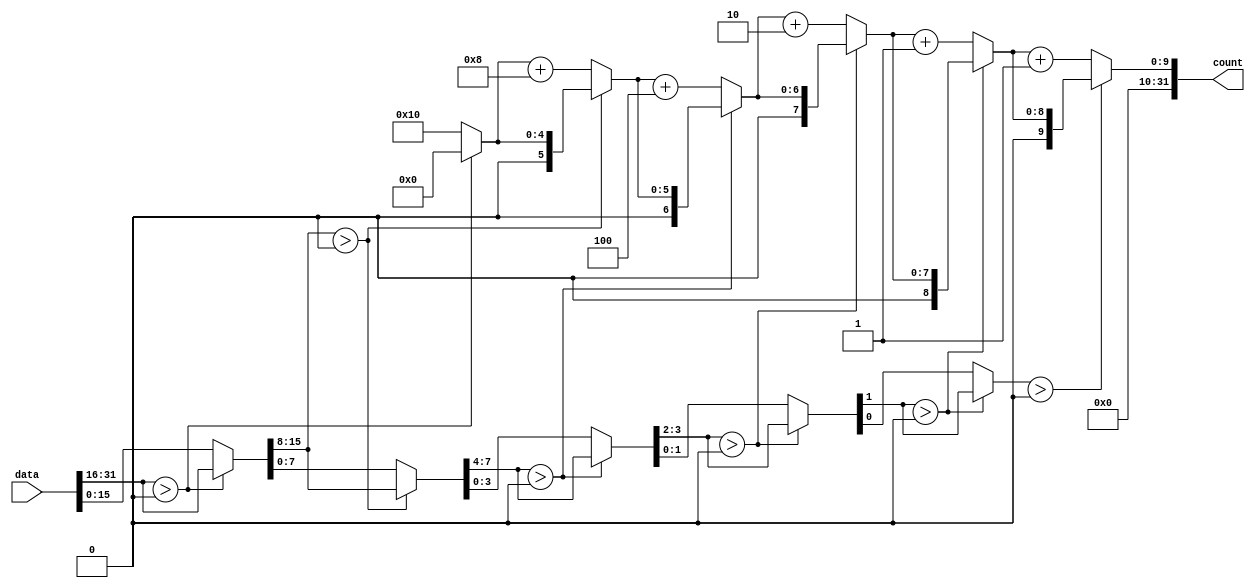
`timescale 1ns / 1ps
//////////////////////////////////////////////////////////////////////////////////
// Company: 
// Engineer: 
// 
// Design Name: 
// Module Name: CLZ
// Project Name: 
// Target Devices: 
// Tool Versions: 
// Description: 
// 
// Dependencies: 
// 
// Revision:
// Revision 0.01 - File Created
// Additional Comments:
// 
//////////////////////////////////////////////////////////////////////////////////


module CLZ(
input [31:0] data,
output [31:0] count
);
wire[31:0]count1,count2,count3,count4,count5;
wire[15:0]temp1;
wire[7:0]temp2;
wire[3:0]temp3;
wire[2:0]temp4;
wire temp5;
assign count1=data[31:16]>0?0:16;
assign temp1=data[31:16]>0?data[31:16]:data[15:0];
assign count2=temp1[15:8]>0?count1:count1+8;
assign temp2=temp1[15:8]>0?temp1[15:8]:temp1[7:0];
assign count3=temp2[7:4]>0?count2:count2+4;
assign temp3=temp2[7:4]>0?temp2[7:4]:temp2[3:0];
assign count4=temp3[3:2]>0?count3:count3+2;
assign temp4=temp3[3:2]>0?temp3[3:2]:temp3[1:0];
assign count5=temp4[1]>0?count4:count4+1;
assign temp5=temp4[1]>0?temp4[1]:temp4[0];
assign count=temp5>0?count5:count5+1;
endmodule